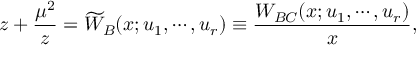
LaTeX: z + { \frac { \mu ^ { 2 } } { z } } = \widetilde { W } _ { B } ( x ; u _ { 1 } , \cdots , u _ { r } ) \equiv { \frac { W _ { B C } ( x ; u _ { 1 } , \cdots , u _ { r } ) } { x } } ,